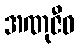
အဏုဇီဝ